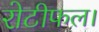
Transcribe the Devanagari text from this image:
रोटीफल।